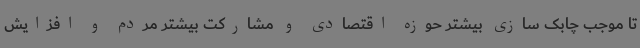
تا موجب چابک سازی بیشتر حوزه اقتصادی و مشارکت بیشتر مردم و افزایش